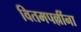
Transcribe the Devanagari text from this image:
वितमपल्लींना